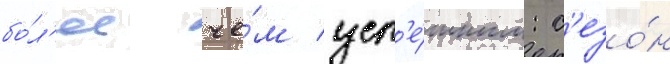
бо́л'ее че́м усп'е́шным: с'езо́н